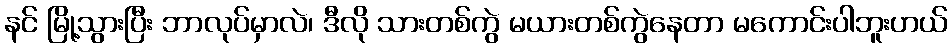
နင် မြို့သွားပြီး ဘာလုပ်မှာလဲ၊ ဒီလို သားတစ်ကွဲ မယားတစ်ကွဲနေတာ မကောင်းပါဘူးဟယ်